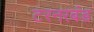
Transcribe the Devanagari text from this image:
टरनरबंड